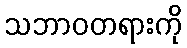
သဘာဝတရားကို